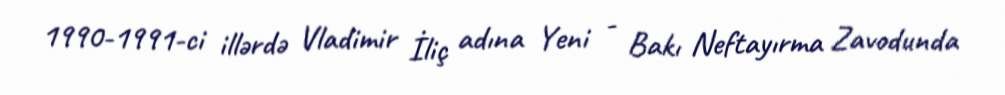
1990-1991-ci illərdə Vladimir İliç adına Yeni - Bakı Neftayırma Zavodunda